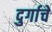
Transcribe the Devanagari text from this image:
दुर्गाचे